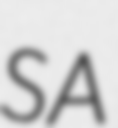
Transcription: SA